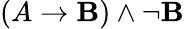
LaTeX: (A\to\mathbf{B})\land\neg\mathbf{B}